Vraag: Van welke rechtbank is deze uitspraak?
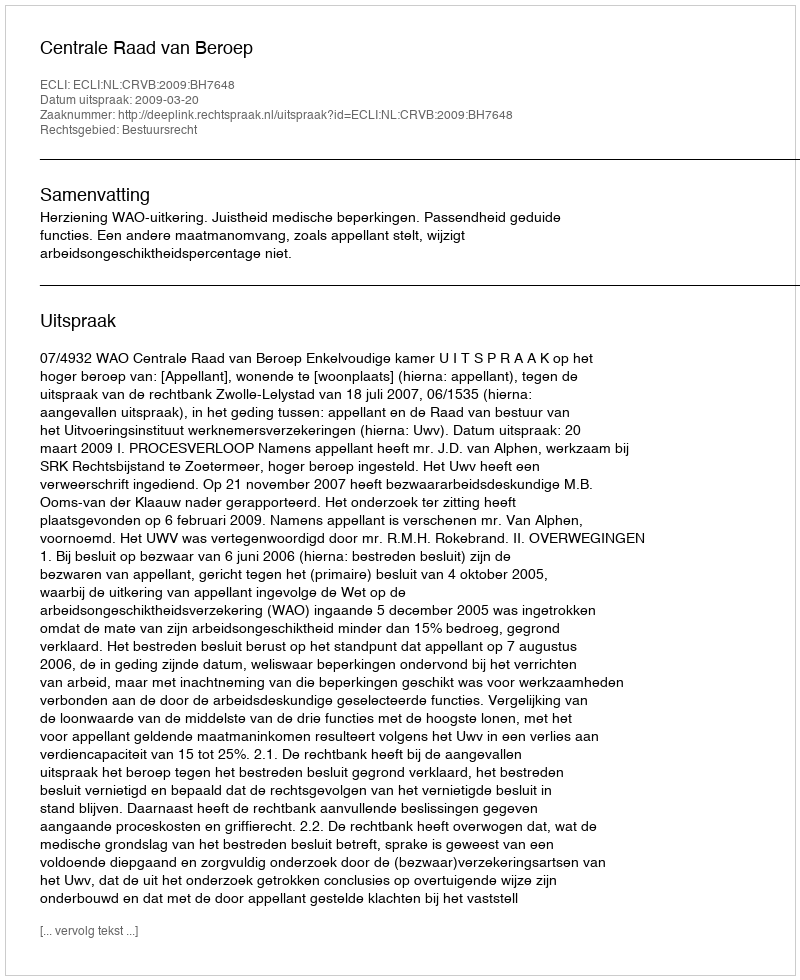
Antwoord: Centrale Raad van Beroep